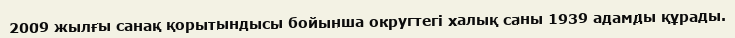
2009 жылғы санақ қорытындысы бойынша округтегі халық саны 1939 адамды құрады.